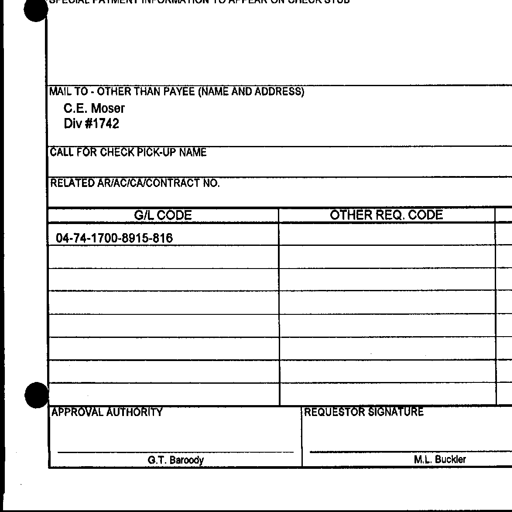
Transcript:
SPECIAL PAYMENT INFORMATION TO APPEAR ON CHECK STUB
MAIL TO - OTHER THAN PAYEE (NAME AND ADDRESS)
C.E. Moser
Div #1742
CALL FOR CHECK PICK-UP NAME
RELATED AR/AC/CA/CONTRACT NO.
G/L CODE OTHER REQ. CODE
04-74-1700-8915-816
APPROVAL AUTHORITY REQUESTOR SIGNATURE
G.T. Baroody M.L. Buckler